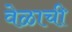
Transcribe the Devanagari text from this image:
वेळाची